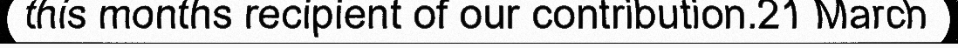
this months recipient of our contribution.21 March